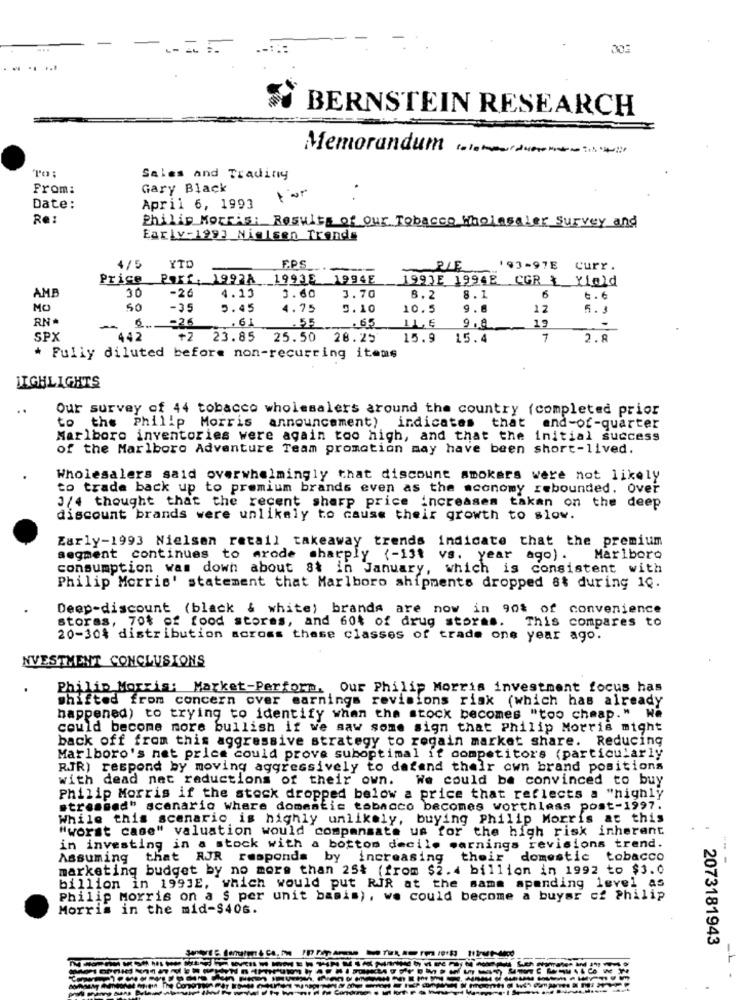
30:
BERNSTEIN RESEARCH
Memorandum ...
To :
Sales and Trading
From:
Gary Black
Date:
April 6, 1993
Re:
Philip Morris: Results of Our Tobacco Wholesaler Survey and
Early-1993 Nielsen Trends
4/5
YTD
EPS
PIE
193-97E
curr .
Price
Parf. 1997A 19936 1994E
1997E 19968 CGR & Yield
AMB
30
-26
6
4.13
3.60
3.70
8.2
8.1
6.6
MO
50
-35
5.45
4.75
0.10
10.5
9.8
12
5.3
RN
6
-26
.55
.65
9.8
19
SPX
442
23.85 25.50 28.25
15.9
15.4
2.8
* Fully diluted before non-recurring items
HIGHLIGHTS
..
Our survey of 44 tobacco wholesalers around the country (completed prior
to the Philip Morris announcement) indicates that end-of-quarter
Marlboro inventories were again too high, and that the initial success
of the Marlboro Adventure Team promotion may have been short-lived.
Wholesalers said overwhelmingly that discount smokers were not likely
to trade back up to premium brands even as the economy rebounded. Over
3/4 thought that the recent sharp price increases takan on the deep
discount brands were unlikely to cause their growth to slow.
Early-1993 Nielsen retail takeaway trends indicate that the premium
segment continues to arode sharply (-13t vs. year ago) .
Marlboro
consumption was down about st in January, which is consistent with
Philip Morris' statement that Marlboro shipments dropped 8& during 1Q.
Deep-discount (black & white) brands are now in 90% of convenience
stores, 70% of food stores, and 60% of drug stores.
This compares to
20-30% distribution across these classes of trade one year ago.
NVESTMENT CONCLUSIONS
Philip Morris: Market-Perform, Our Philip Morris investment focus has
shifted from concern over earnings revisions risk (which has already
happened) to trying to identify when the stock becomes "too cheap." We
could become more bullish if we saw some sign that Philip Morris might
back off from this aggressive strategy to regain market share. Reducing
Marlboro's net price could prove suboptimal if competitors (particularly
RJR) respond by moving aggressively to defend their own brand positions
with dead net reductions of their own.
We could be convinced to buy
Philip Morris if the stock dropped below a price that reflects a "highly
stressed" scenario where domentis tobacco becomes worthless post-1997.
While this scenario is highly unlikely, buying Philip Morris at this
"worst case" valuation would compensate us for the high risk inherent
in investing in a stock with a bottom decile warnings revisions trend.
Assuming that RJR responds by increasing their domestic tobacco
marketing budget by no more than 25% (from $2.4 billion in 1992 to $3.0
billion in 1993E, which would put RJR at the same spending level as
Philip Morris on a $ per unit basis), we could become a buysr of Philip
Morris in the mid-$406.
2073181943
1